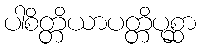
ပါစိတ္တိယာပတ္တိပုစ္ဆာ